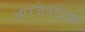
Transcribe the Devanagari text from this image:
आरजेनटीना